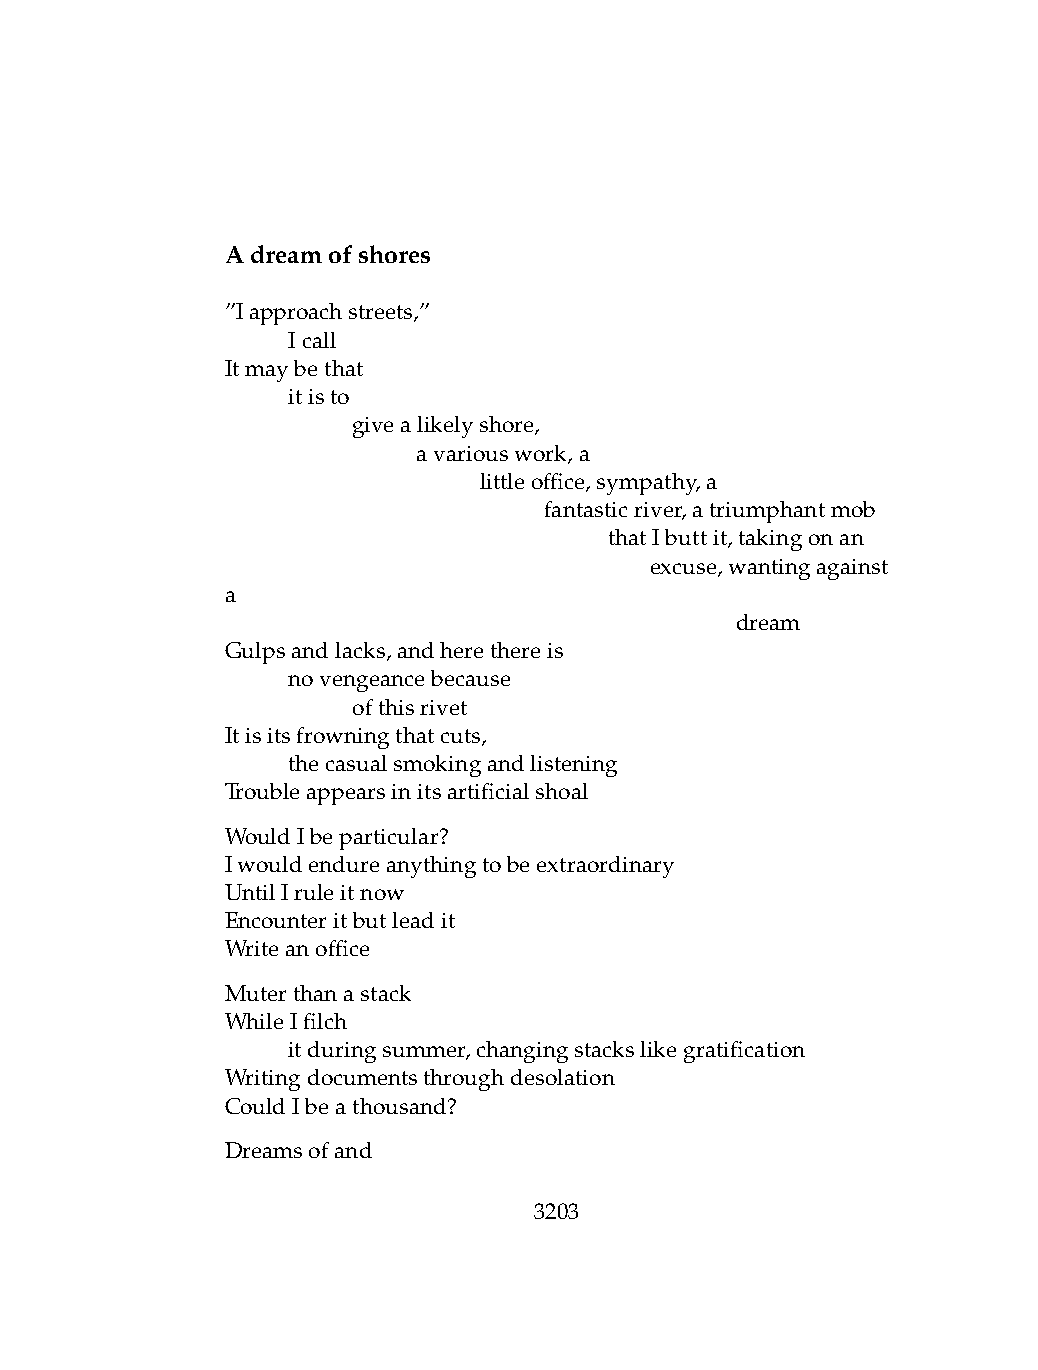
Adreamofshores
 ”Iapproachstreets,”
 .   Icall
 Itmaybethat
 .   itisto
 .   .   givealikelyshore,
 .   .   .    avariouswork,a
 .   .   .    .   littleoffice,sympathy,a
 .   .   .    .   .   fantasticriver,atriumphantmob
 .   .   .    .   .   .   thatIbuttit,takingonan
 .   .   .   .   .   .   .   excuse,wantingagainst
 a
 .   .   .    .   .   .   .   .    dream
 Gulpsandlacks,andherethereis
 .   novengeancebecause
 .   .   ofthisrivet
 Itisitsfrowningthatcuts,
 .   thecasualsmokingandlistening
 Troubleappearsinitsartificialshoal
 WouldIbeparticular?
 Iwouldendureanythingtobeextraordinary
 UntilIruleitnow
 Encounteritbutleadit
 Writeanoffice
 Muterthanastack
 WhileIfilch
 .   itduringsummer,changingstackslikegratification
 Writingdocumentsthroughdesolation
 CouldIbeathousand?
 Dreamsofand
 3203